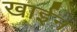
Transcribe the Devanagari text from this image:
खाईन